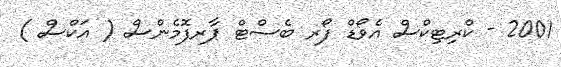
2001 - ކްރިޓިކްސް އެވޯޑް ފޯރ ބެސްޓް ޕާރފޮމެންސް ( އަކްސް )